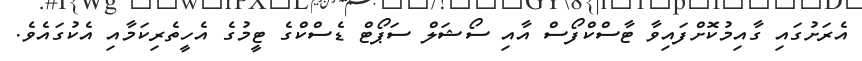
އެރަށުގައި ގާއިމުކޮށްފައިވާ ޓާސްކްފޯސް އާއި ސޯޝަލް ސަޕޯޓް ޑެސްކްގެ ޓީމުގެ އެހީތެރިކަމާއި އެކުގައެވެ.